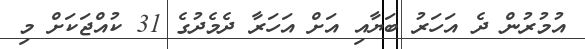
އުމުރުން ދެ އަހަރު ބަޔާއި އަށް އަހަރާ ދެމެދުގެ 31 ކުއްޖަކަށް މި